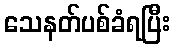
သေနတ်ပစ်ခံရပြီး